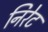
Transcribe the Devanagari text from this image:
निरेट